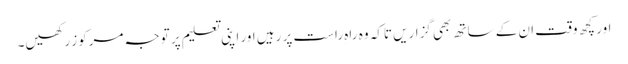
اور کچھ وقت ان کے ساتھ بھی گزاریں تاکہ وہ راہ ِراست پر رہیں اور اپنی تعلیم پر توجہ مرکوز رکھیں۔